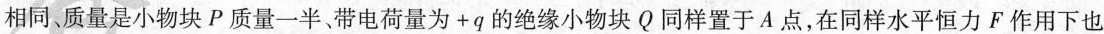
相同、质量是小物块P质量一半、带电荷量为+q的绝缘小物块Q同样置于A点，在同样水平恒力F作用下也